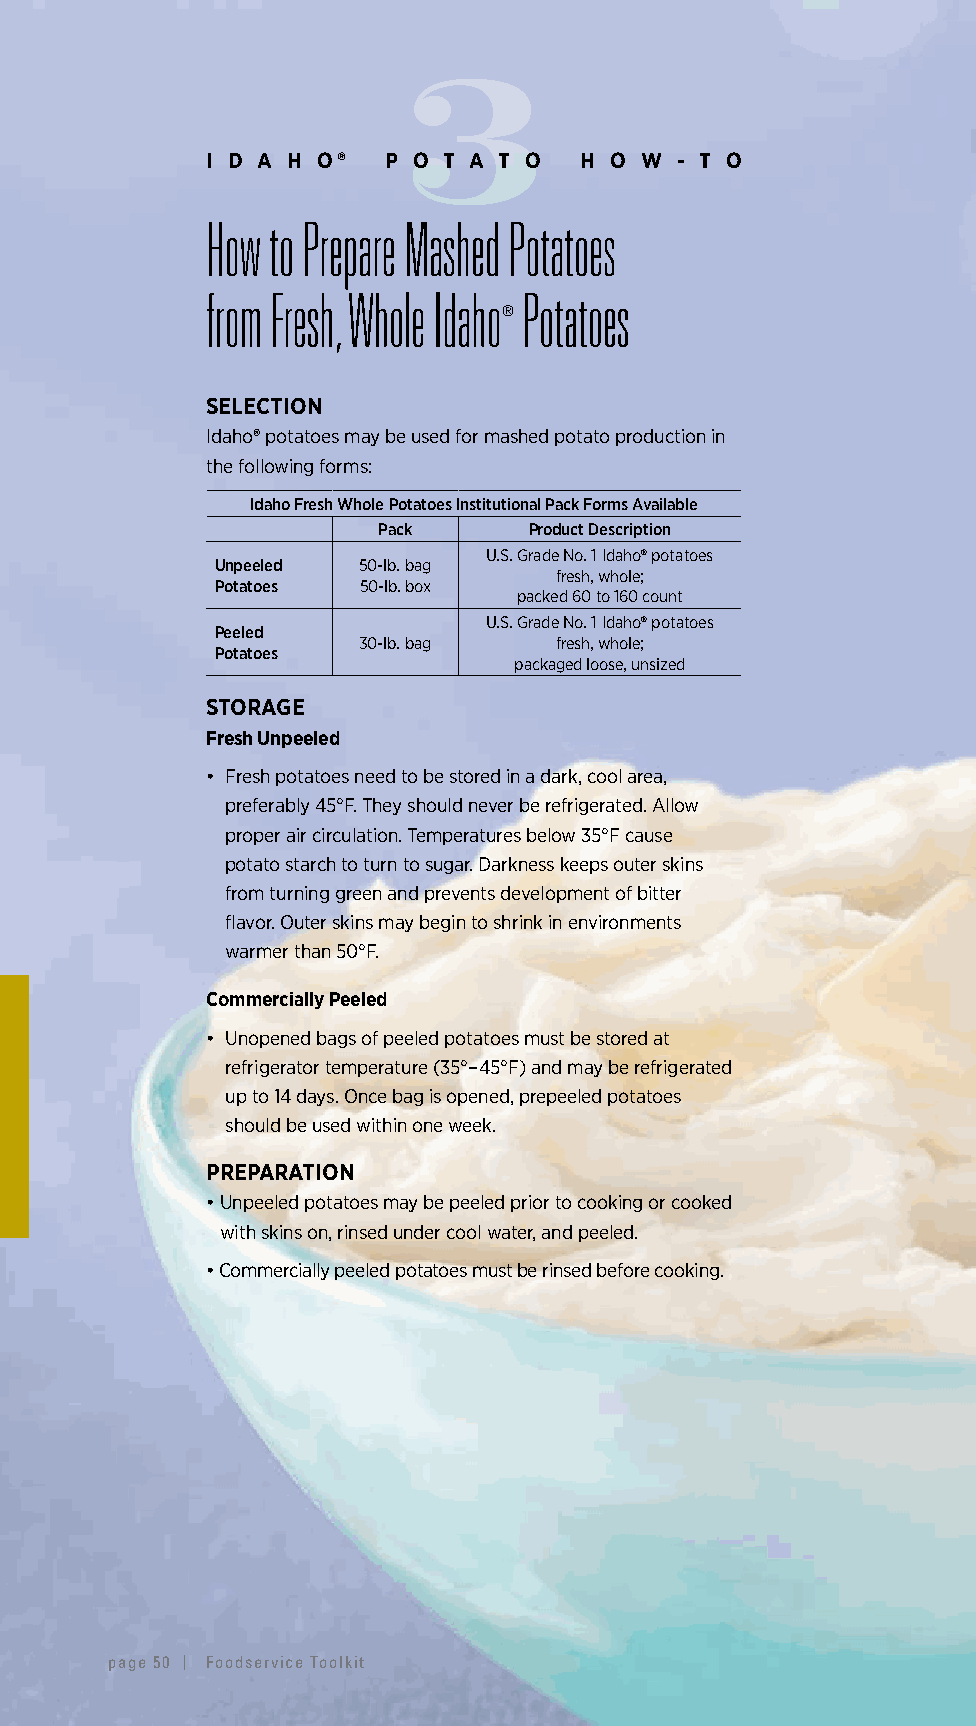
3
 I D A H O®  P O T A T O H O W  - T O
 How to Prepare Mashed Potatoes
 from Fresh, Whole Idaho Potatoes
 ®
 SELECTION
 Idaho® potatoes may be used for mashed potato production in
 the following forms:
 Idaho Fresh Whole Potatoes Institutional Pack Forms Available
 Pack      Product Description
 U.S. Grade No. 1 Idaho® potatoes
 Unpeeled  50-lb. bag
 fresh, whole;
 Potatoes  50-lb. box
 packed 60 to 160 count
 U.S. Grade No. 1 Idaho® potatoes
 Peeled
 30-lb. bag   fresh, whole;
 Potatoes
 packaged loose, unsized
 STORAGE
 Fresh Unpeeled
 • F resh potatoes need to be stored in a dark, cool area,
 preferably 45°F. They should never be refrigerated. Allow
 proper air circulation. Temperatures below 35°F cause
 potato starch to turn to sugar. Darkness keeps outer skins
 from turning green and prevents development of bitter
 flavor. Outer skins may begin to shrink in environments
 warmer than 50°F.
 Commercially Peeled
 • U nopened bags of peeled potatoes must be stored at
 refrigerator temperature (35°–45°F) and may be refrigerated
 up to 14 days. Once bag is opened, prepeeled potatoes
 should be used within one week.
 PREPARATION
 • Unpeeled potatoes may be peeled prior to cooking or cooked
 with skins on, rinsed under cool water, and peeled.
 • C ommercially peeled potatoes must be rinsed before cooking.
 page 50 | Foodservice Toolkit